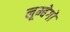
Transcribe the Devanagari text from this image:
लूम्बेगो